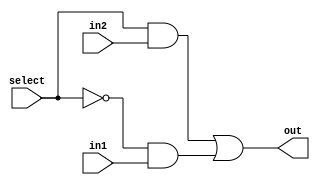
module mux2to1(out, select, in1, in2);
	input in1, in2, select;
	output out;
	wire not_select, w1, w2;
	
	not (not_select, select);
	and (w1, select, in2);
	and (w2, not_select, in1);
	or(out, w1, w2);
	
endmodule

module mux3to1(out, select, in1, in2, in3);
	input in1, in2, in3;
	input [1:0] select;
	output out;
	wire w;
	
	mux2to1 m1(w, select[0], in1, in2);    //in1 - 00; in2 - 01; in3 - 1x 
	mux2to1 m2(out, select[1], w, in3);
	
endmodule

module bit32_3to1mux (out, select, in1, in2, in3);
	input [31:0] in1, in2, in3;
	input [1:0] select;
	output [31:0] out;
	genvar j;
	
	generate
		for(j = 0; j <32; j = j + 1) begin: mux_loop
			mux3to1 m1(out[j], select, in1[j], in2[j], in3[j]);
		end
	endgenerate
	
endmodule